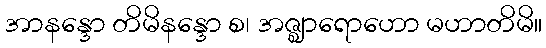
အာနန္ဒော တိမိနန္ဒော စ၊ အဇ္ဈာရောဟော မဟာတိမိ။